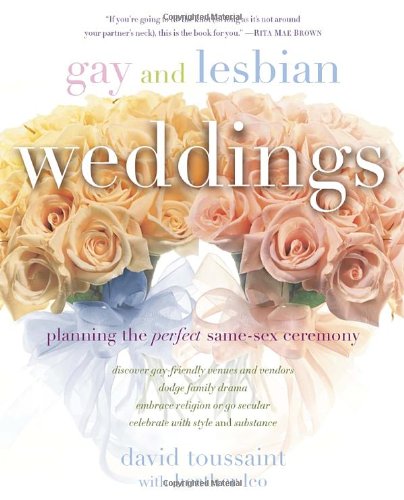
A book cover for Gay and Lesbian Weddings: Planning the Perfect Same-Sex Ceremony; David Toussaint; Crafts, Hobbies & Home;